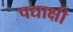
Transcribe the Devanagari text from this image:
पद्याक्षी